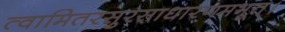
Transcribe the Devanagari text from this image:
त्वामितरसुरसाधारणमभूत्।